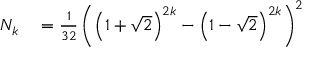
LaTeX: \begin{array} { r l } { N _ { k } } & { { } = { \frac { 1 } { 3 2 } } \left( \left( 1 + { \sqrt { 2 } } \right) ^ { 2 k } - \left( 1 - { \sqrt { 2 } } \right) ^ { 2 k } \right) ^ { 2 } } \end{array}